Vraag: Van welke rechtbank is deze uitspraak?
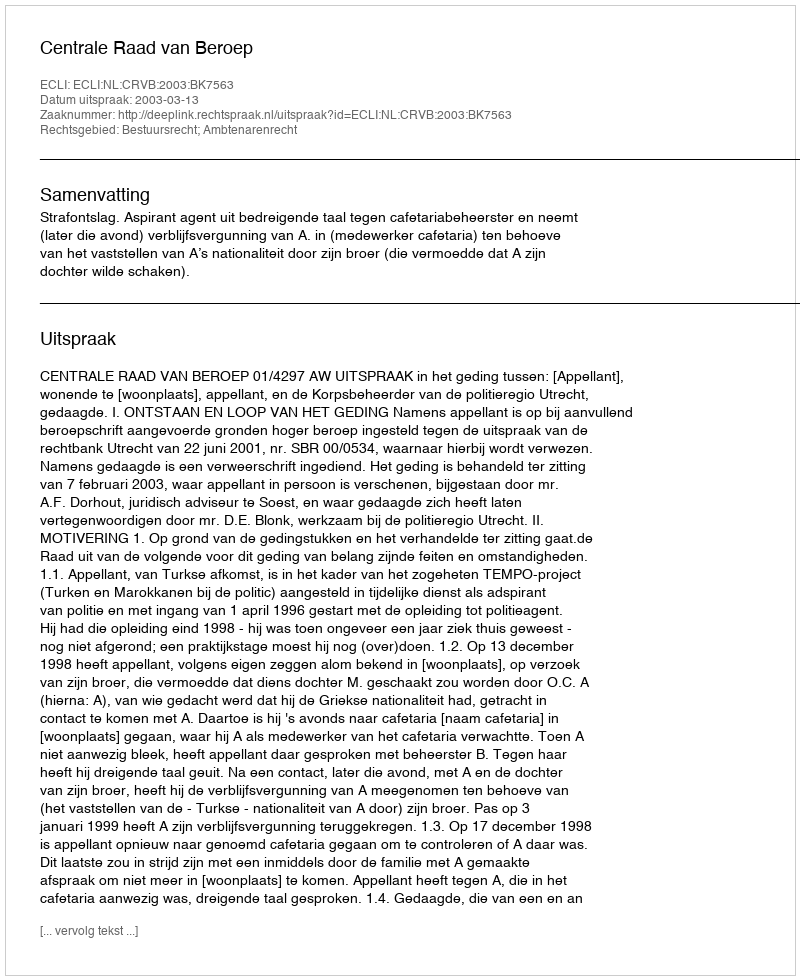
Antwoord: Centrale Raad van Beroep